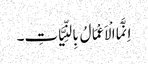
اِنَّمَا الْاَعْمَالُ بِالنِّیَّاتِ۔